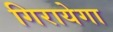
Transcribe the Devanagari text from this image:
गिरायेगा